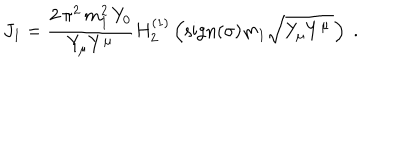
J _ { 1 } = \frac { 2 \, \pi ^ { 2 } \, m _ { 1 } ^ { 2 } \, Y _ { 0 } } { Y _ { \mu } Y ^ { \mu } } H _ { 2 } ^ { ( 1 ) } \left( \mathrm { s i g n } ( \sigma ) m _ { 1 } \sqrt { Y _ { \mu } Y ^ { \mu } \, } \right) \; .